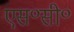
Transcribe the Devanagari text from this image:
एस॰सी॰